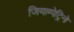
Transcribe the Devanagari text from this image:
जियाम्पेट्रिनो